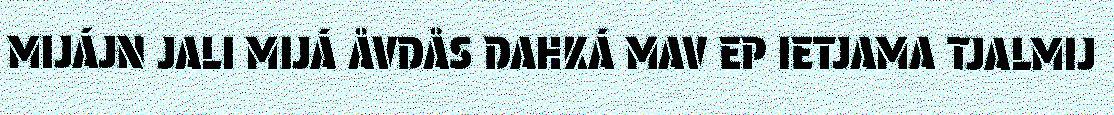
MIJÁJN JALI MIJÁ ÅVDÅS DAHKÁ MAV EP IETJAMA TJALMIJ